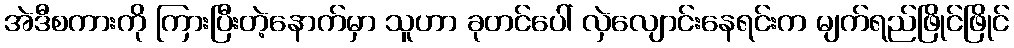
အဲဒီစကားကို ကြားပြီးတဲ့နောက်မှာ သူဟာ ခုတင်ပေါ် လှဲလျောင်းနေရင်းက မျက်ရည်ဖြိုင်ဖြိုင်